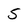
Character: 5